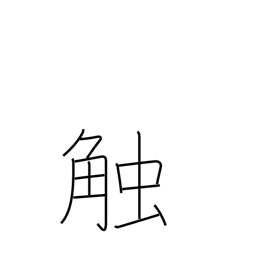
Meaning: proclaim